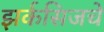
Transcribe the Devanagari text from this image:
झर्कसिजचे